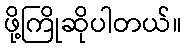
ဖို့ကြိုဆိုပါတယ်။